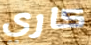
كاري